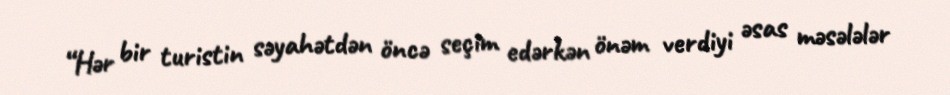
“Hər bir turistin səyahətdən öncə seçim edərkən önəm verdiyi əsas məsələlər